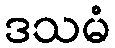
ဒသမံ